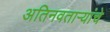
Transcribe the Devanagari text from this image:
अतिनवताऱ्यांचे